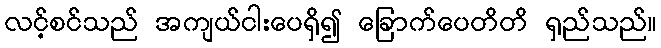
လင့်စင်သည် အကျယ်ငါးပေရှိ၍ ခြောက်ပေတိတိ ရှည်သည်။